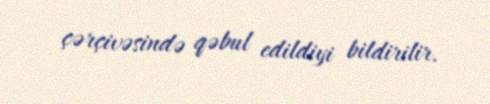
çərçivəsində qəbul edildiyi bildirilir.